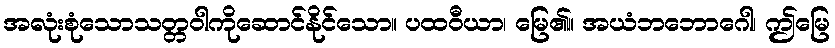
အလုံးစုံသောသတ္တဝါကိုဆောင်နိုင်သော။ ပထဝီယာ၊ မြေ၏။ အယံဘဘောဂေါ၊ ဤမြေ